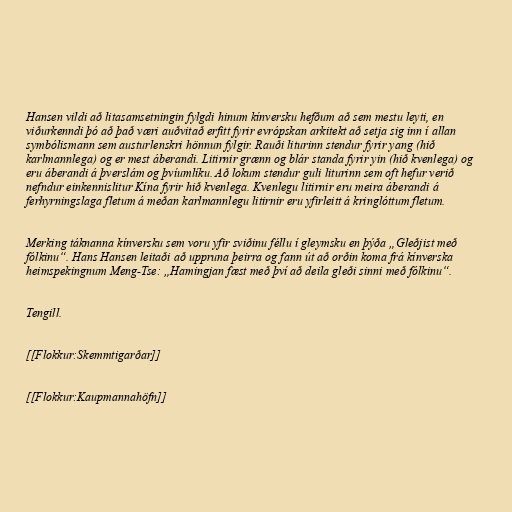
Hansen vildi að litasamsetningin fylgdi hinum kínversku hefðum að sem mestu leyti, en
viðurkenndi þó að það væri auðvitað erfitt fyrir evrópskan arkitekt að setja sig inn í allan
symbólismann sem austurlenskri hönnun fylgir. Rauði liturinn stendur fyrir yang (hið
karlmannlega) og er mest áberandi. Litirnir grænn og blár standa fyrir yin (hið kvenlega) og
eru áberandi á þverslám og þvíumlíku. Að lokum stendur guli liturinn sem oft hefur verið
nefndur einkennislitur Kína fyrir hið kvenlega. Kvenlegu litirnir eru meira áberandi á
ferhyrningslaga fletum á meðan karlmannlegu litirnir eru yfirleitt á kringlóttum fletum.

Merking táknanna kínversku sem voru yfir sviðinu féllu í gleymsku en þýða „Gleðjist með
fólkinu“. Hans Hansen leitaði að uppruna þeirra og fann út að orðin koma frá kínverska
heimspekingnum Meng-Tse: „Hamingjan fæst með því að deila gleði sinni með fólkinu“.

Tengill.

[[Flokkur:Skemmtigarðar]]

[[Flokkur:Kaupmannahöfn]]